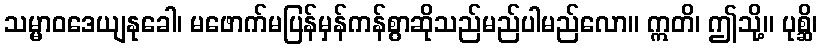
သမ္မာဝဒေယျနုခေါ၊ မဖောက်မပြန်မှန်ကန်စွာဆိုသည်မည်ပါမည်လော။ ဣတိ၊ ဤသို့။ ပုစ္ဆိ၊